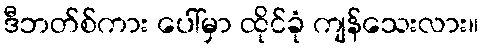
ဒီဘတ်စ်ကား ပေါ်မှာ ထိုင်ခုံ ကျန်သေးလား။